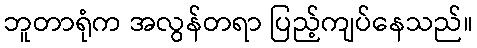
ဘူတာရုံက အလွန်တရာ ပြည့်ကျပ်နေသည်။